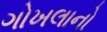
ગોખલાનો